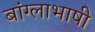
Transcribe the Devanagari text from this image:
बांग्‍लाभाषी